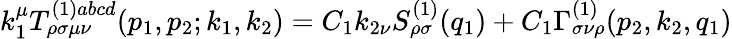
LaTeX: k_{1}^{\mu}T_{\rho\sigma\mu\nu}^{(1)abcd}(p_{1},p_{2};k_{1},k_{2})=C_{1}k_{2\nu}S_{\rho\sigma}^{(1)}(q_{1})+C_{1}\Gamma_{\sigma\nu\rho}^{(1)}(p_{2},k_{2},q_{1})